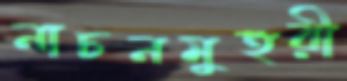
নাচনমুহুরী